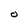
Character: O